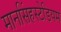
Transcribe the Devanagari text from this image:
मानसिंहस्टेडियम